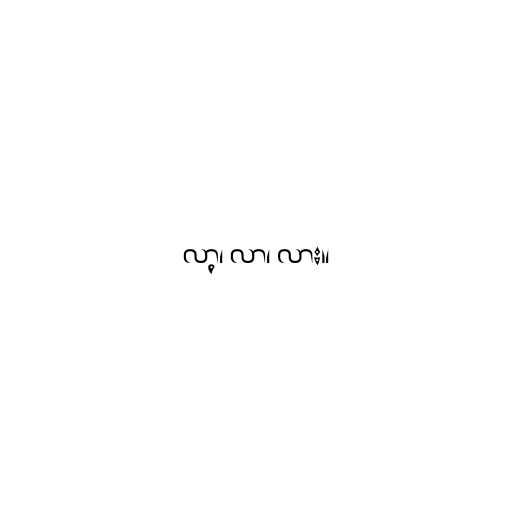
လာ့၊ လာ၊ လား။